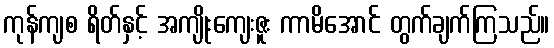
ကုန်ကျစ ရိတ်နှင့် အကျိုးကျေးဇူး ကာမိအောင် တွက်ချက်ကြသည်။